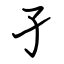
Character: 孑